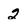
Character: 2